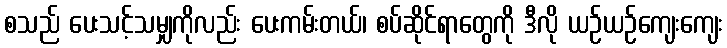
စသည် ပေးသင့်သမျှကိုလည်း ပေးကမ်းတယ်၊ စပ်ဆိုင်ရာတွေကို ဒီလို ယဉ်ယဉ်ကျေးကျေး